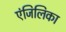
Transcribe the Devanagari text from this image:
एंजिलिका